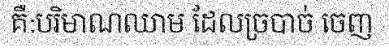
គឺ:បរិមាណឈាម ដែលច្របាច់ ចេញ